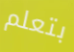
بتعلم